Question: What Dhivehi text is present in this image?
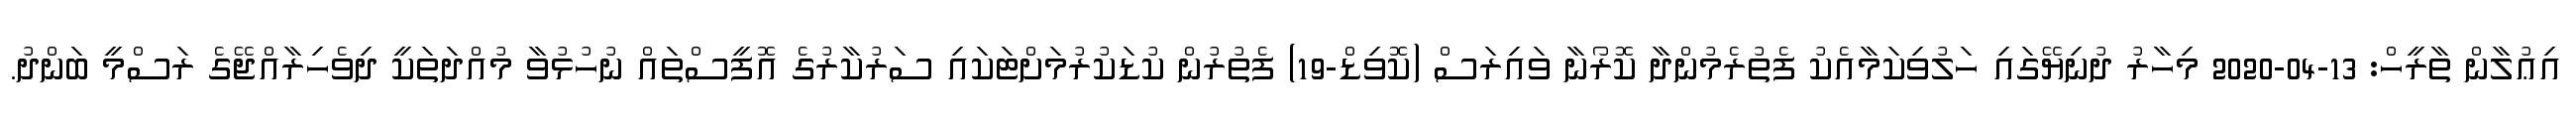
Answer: އިޢުލާން ތާރީހް: 13-04-2020 މިހާރު ދުނިޔޭގައި ހަލުވިކަމާއެކު ފެތުރެމުންދާ ކޮރޯނާ ވައިރަސް (ކޮވިޑް-19) ފެތުރުން ކުޑަކުރުމަށްޓަކައި ސަރުކާރުގެ އޮފީސްތައް ނުހުޅުވާ މުއްދަތަކީ ދިވެހިރާއްޖޭގެ ރަސްމީ ބަންދު.